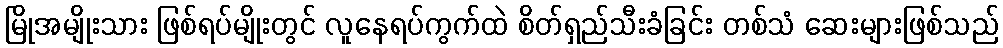
မြိုအမျိုးသား ဖြစ်ရပ်မျိုးတွင် လူနေရပ်ကွက်ထဲ စိတ်ရှည်သီးခံခြင်း တစ်သံ ဆေးများဖြစ်သည်